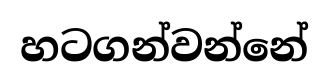
හටගන්වන්නේ